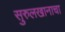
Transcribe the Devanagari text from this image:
सुरुलखानाचा